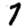
Digit: 7